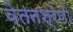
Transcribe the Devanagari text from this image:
वेतनश्रेणी